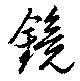
鏡